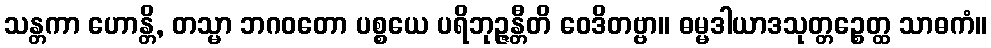
သန္တကာ ဟောန္တိ, တသ္မာ ဘဂဝတော ပစ္စယေ ပရိဘုဉ္ဇန္တီတိ ဝေဒိတဗ္ဗာ။ ဓမ္မဒါယာဒသုတ္တဉ္စေတ္ထ သာဓကံ။